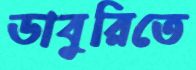
ডাবুরিতে